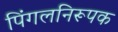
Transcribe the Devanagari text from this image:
पिंगलनिरूपक